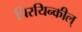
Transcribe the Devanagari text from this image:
चिरयिन्कील्